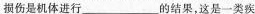
损伤是机体进行___的结果，这是一类疾